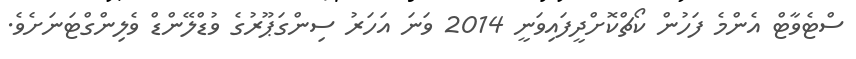
ސްޓެވާޓް އެންމެ ފަހުން ކޯޗްކޮށްދީފައިވަނީ 2014 ވަނަ އަހަރު ސިންގަޕޫރުގެ ވުޑްލޭންޑް ވެލިންގްޓަނަށެވެ.